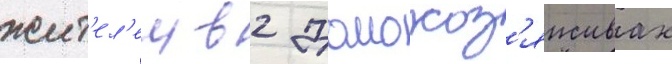
жит'ел'еи в 2 домохоз'яиствах